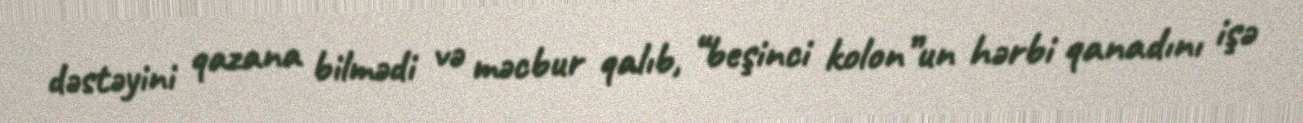
dəstəyini qazana bilmədi və məcbur qalıb, “beşinci kolon”un hərbi qanadını işə